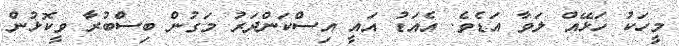
މީހަކު ހަޅޭއް ލަވާ އަޑެވެ. އެއަޑު އައީ އިސްކަންދަރު މަގުން ބިސްބުރާ ވީކޮޅުން